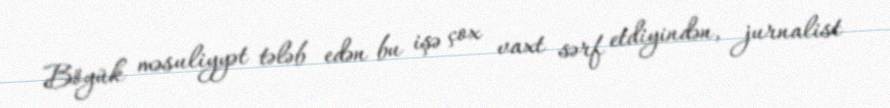
Böyük məsuliyyət tələb edən bu işə çox vaxt sərf etdiyindən, jurnalist